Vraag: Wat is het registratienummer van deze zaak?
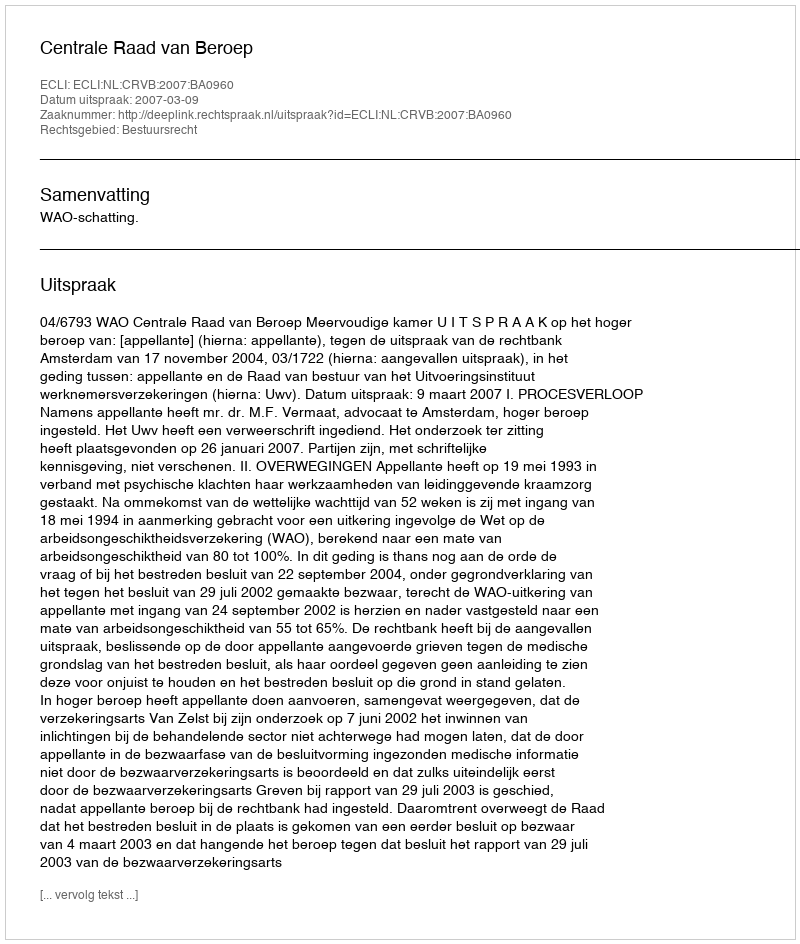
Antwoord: http://deeplink.rechtspraak.nl/uitspraak?id=ECLI:NL:CRVB:2007:BA0960